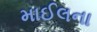
માઈલના